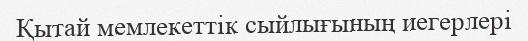
Қытай мемлекеттік сыйлығының иегерлері